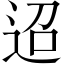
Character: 迢